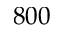
8 0 0